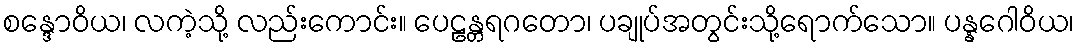
စန္ဒောဝိယ၊ လကဲ့သို့ လည်းကောင်း။ ပေဠန္တရဂတော၊ ပချုပ်အတွင်းသို့ရောက်သော။ ပန္နဂေါဝိယ၊